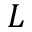
L